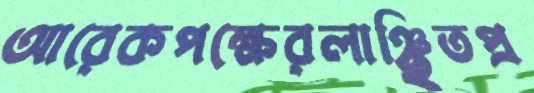
আরেকপক্ষেরলাঞ্ছিতপ্র